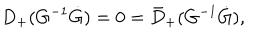
D _ { + } ( G ^ { - 1 } \dot { G } ) = 0 = \bar { D } _ { + } ( G ^ { - 1 } \dot { G } ) ,